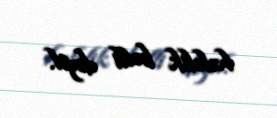
hələlik bəlli deyil.